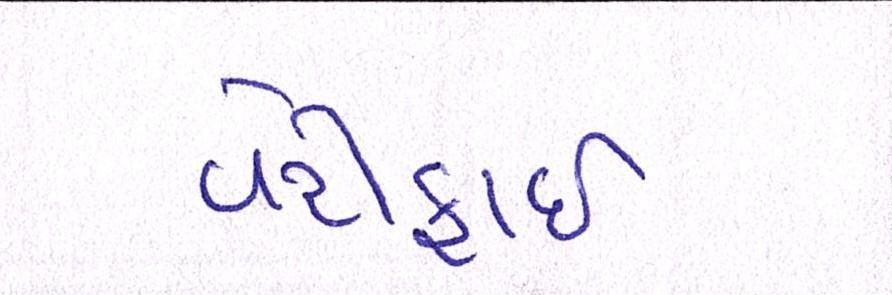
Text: વેરીફાઈ